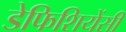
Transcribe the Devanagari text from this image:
डेफिशियेंसी